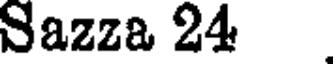
Sazza 24